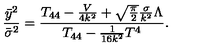
\frac { { \bar { y } } ^ { 2 } } { { \bar { \sigma } } ^ { 2 } } = \frac { T _ { 4 4 } - \frac { V } { 4 k ^ { 2 } } + \sqrt { \frac { \pi } { 2 } } \frac { \sigma } { k ^ { 2 } } \Lambda } { T _ { 4 4 } - \frac { 1 } { 1 6 k ^ { 2 } } T ^ { 4 } } .